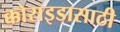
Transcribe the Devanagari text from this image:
क्कोराइडासाठी